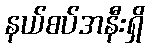
နယ်စပ်အနီးရှိ